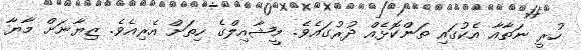
ހުރީ ނަތާއާ އެކުގައި ތަންކޮޅެއް ދުރުގައެވެ. މީޝާއިލްގެ ހިތަށް އެރިއެވެ. ޒިޔާނަށް މާޔާ